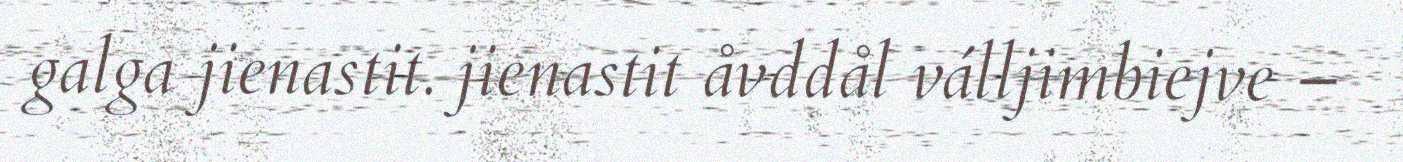
galga jienastit. jienastit åvddål válljimbiejve –